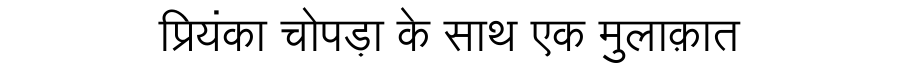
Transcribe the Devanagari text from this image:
प्रियंका चोपड़ा के साथ एक मुलाक़ात